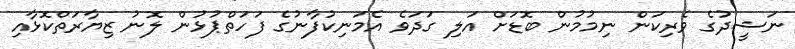
ނަޝީދުގެ ވެރިކަން ނިމުމުން ބޮޑަށް އަލި ގަދަވެ އެމަނިކުފާނުގެ ފަހަތްޕުޅުން ލޮނު ޒިޔާރަތްކޮޅާއި